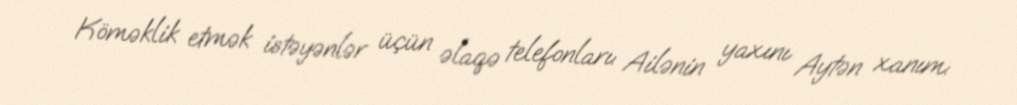
Köməklik etmək istəyənlər üçün əlaqə telefonları: Ailənin yaxını Aytən xanım: